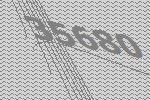
35680